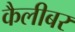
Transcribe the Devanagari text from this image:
कैलीबर